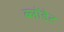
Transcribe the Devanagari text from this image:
ब्लोंडेट